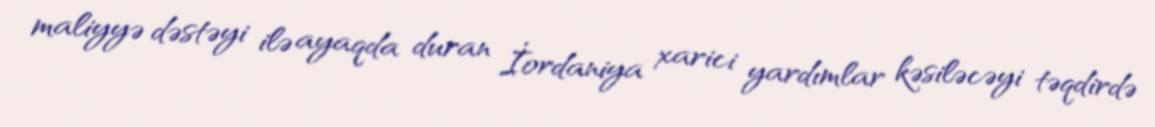
maliyyə dəstəyi ilə ayaqda duran İordaniya xarici yardımlar kəsiləcəyi təqdirdə